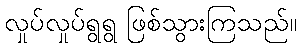
လှုပ်လှုပ်ရွရွ ဖြစ်သွားကြသည်။